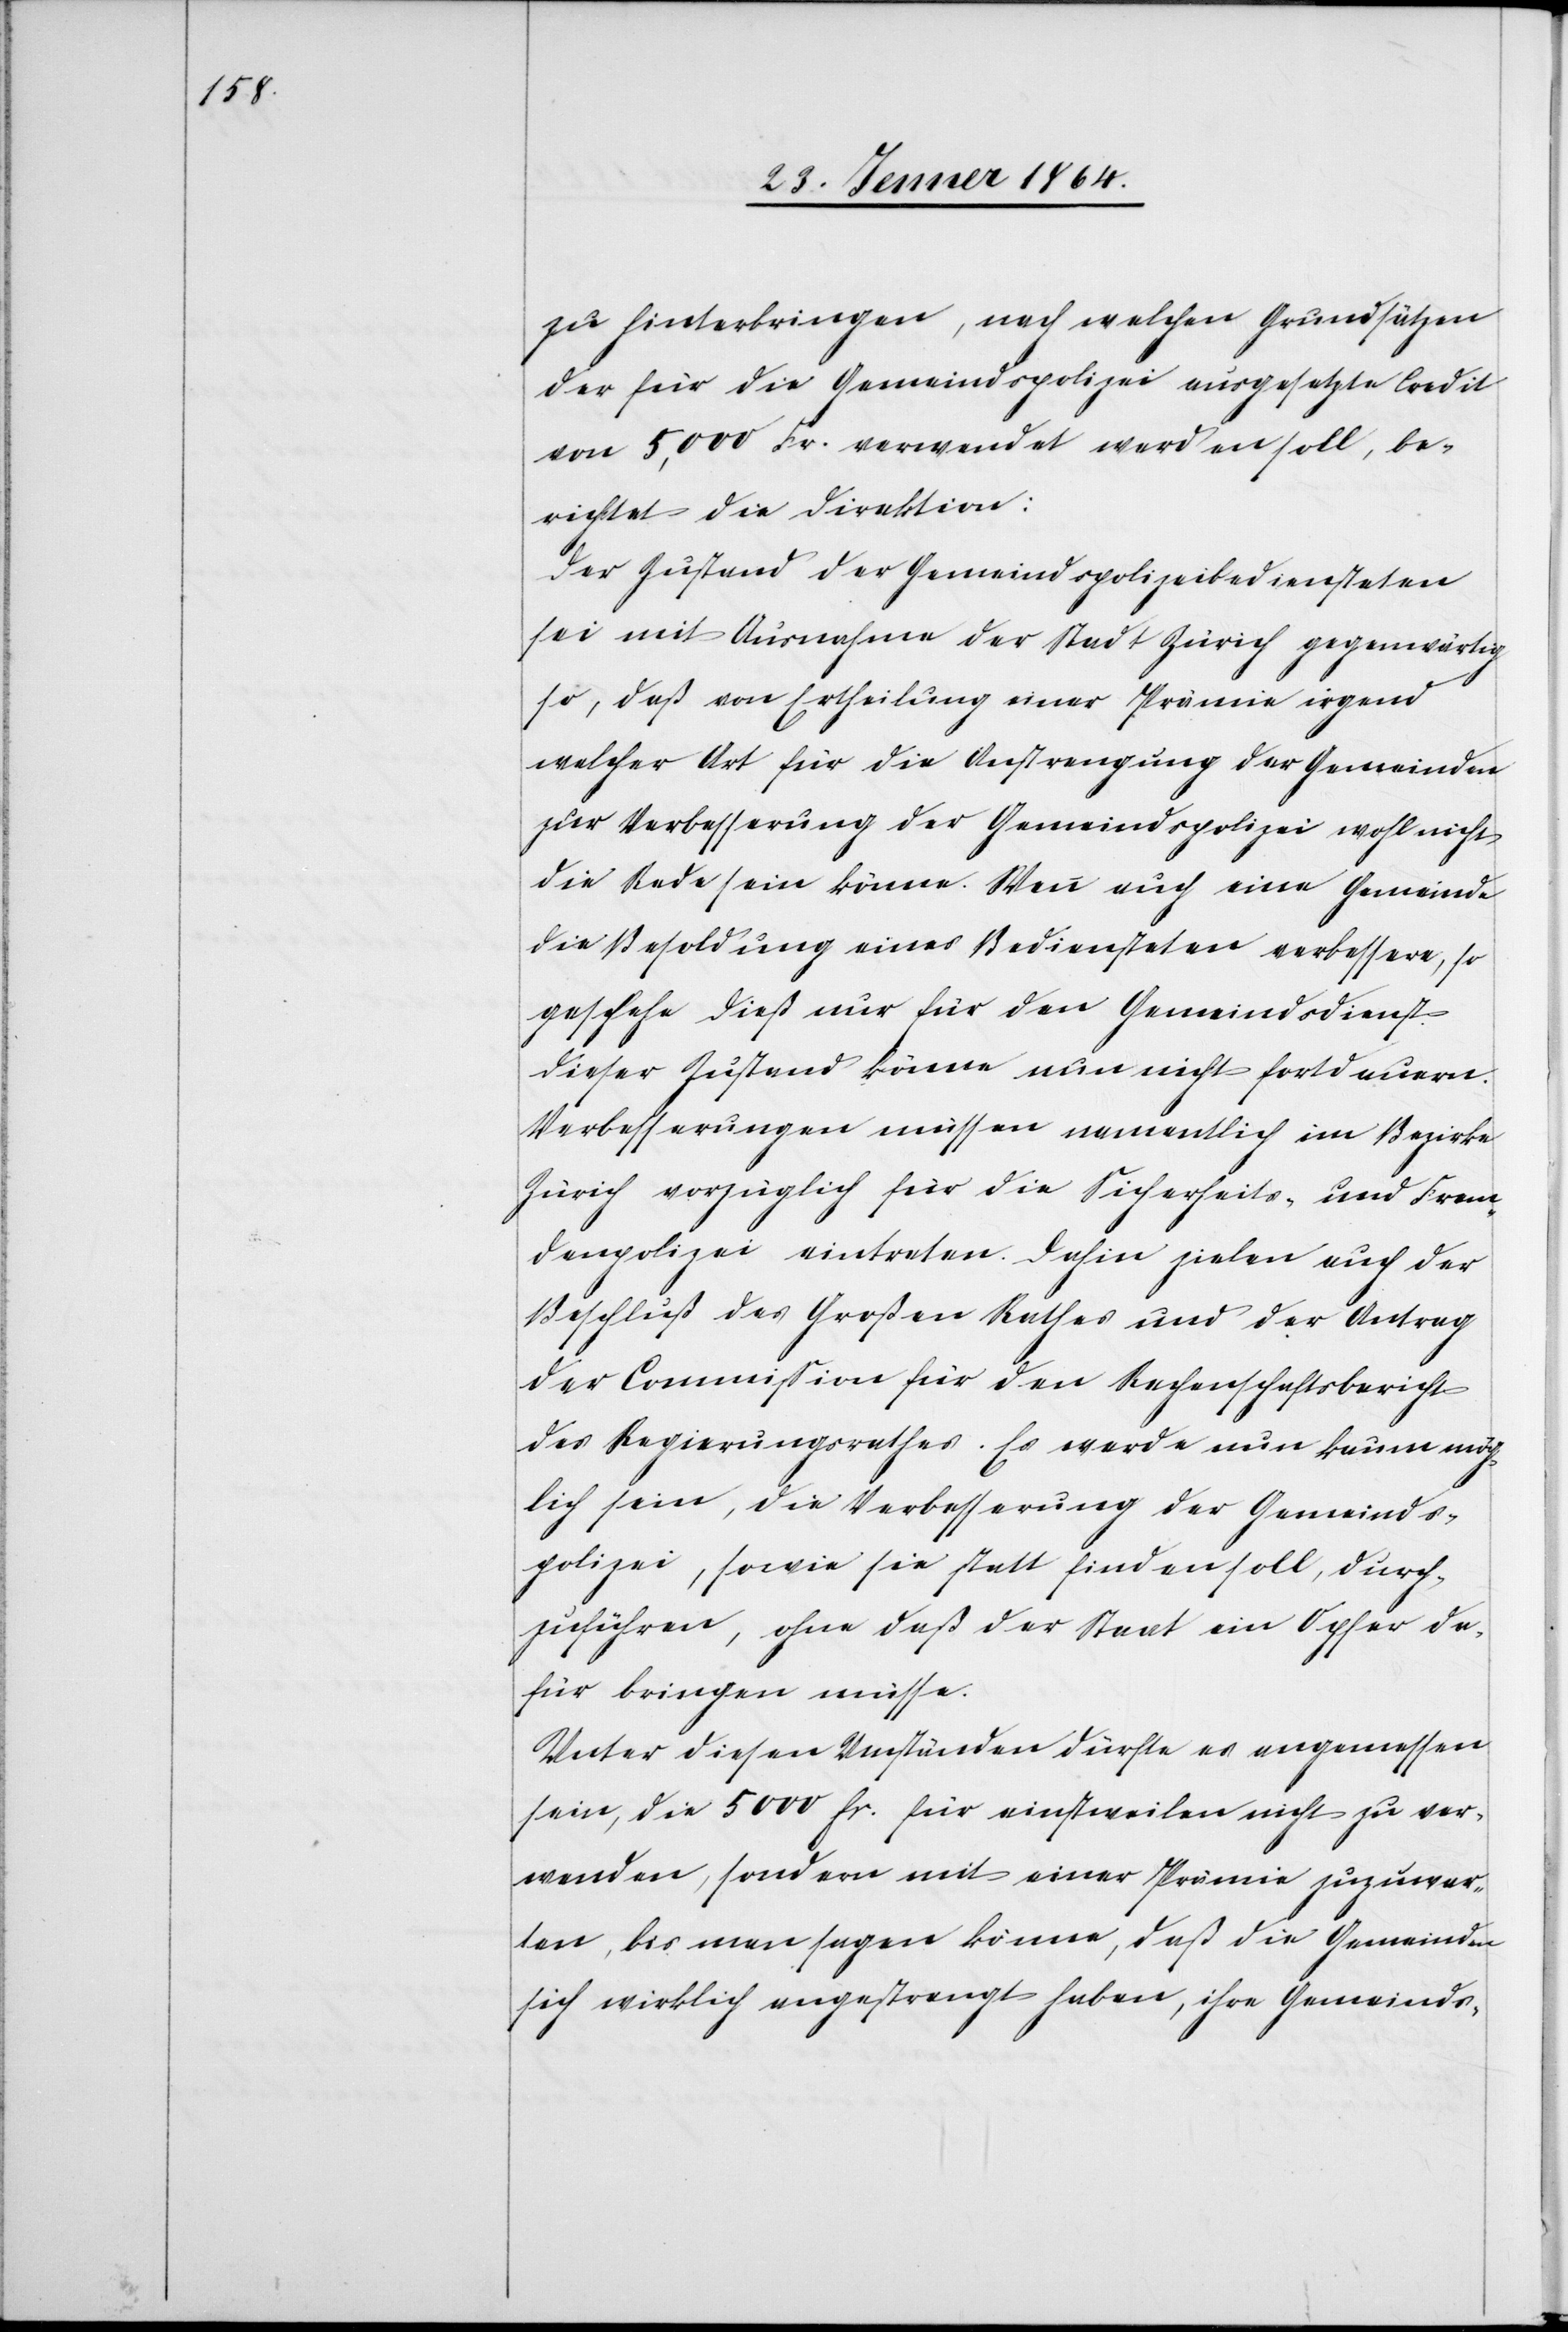
zu hinterbringen, nach welchen Grundsätzen
der für die Gemeindspolizei ausgesetzte Credit
von 5,000 Fr. verwendet werden soll, be¬
richtet die Direktion:
Der Zustand der Gemeindspolizeibediensteten
sei mit Ausnahme der Stadt Zürich gegenwärtig
so, daß von Ertheilung einer Prämie irgend
welcher Art für die Anstrengung der Gemeinden
zur Verbesserung der Gemeindspolizei wohl nicht
die Rede sein könne. Wenn auch eine Gemeinde
die Besoldung eines Bediensteten verbessere, so
geschehe dieß nur für den Gemeindsdienst.
Dieser Zustand könne nun nicht fortdauern.
Verbesserungen müssen namentlich im Bezirke
Zürich vorzüglich für die Sicherheits- und Frem¬
denpolizei eintreten. Dahin zielen auch der
Beschluß des Großen Rathes und der Antrag
der Commission für den Rechenschaftsbericht
des Regierungsrathes. Es werde nun kaum mög¬
lich sein, die Verbesserung der Gemeinds¬
polizei, sowie sie statt finden soll, durch¬
zuführen, ohne daß der Staat ein Opfer da¬
für bringen müsse.
Unter diesen Umständen dürfte es angemessen
sein, die 5000 fr. für einstweilen nicht zu ver¬
wenden, sondern mit einer Prämie zuzuwar¬
ten, bis man sagen könne, daß die Gemeinden
sich wirklich angestrengt haben, ihre Gemeinds-